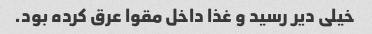
خیلی دیر رسید و غذا داخل مقوا عرق کرده بود.